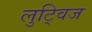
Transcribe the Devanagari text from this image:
लुट्विज